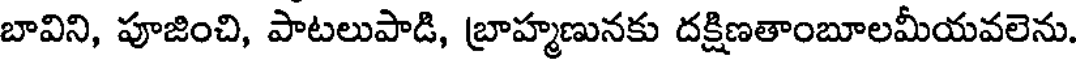
బావిని, పూజించి, పాటలుపాడి, బ్రాహ్మణునకు దక్షిణతాంబూలమీయవలెను.